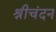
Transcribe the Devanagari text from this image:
श्रीचंदन